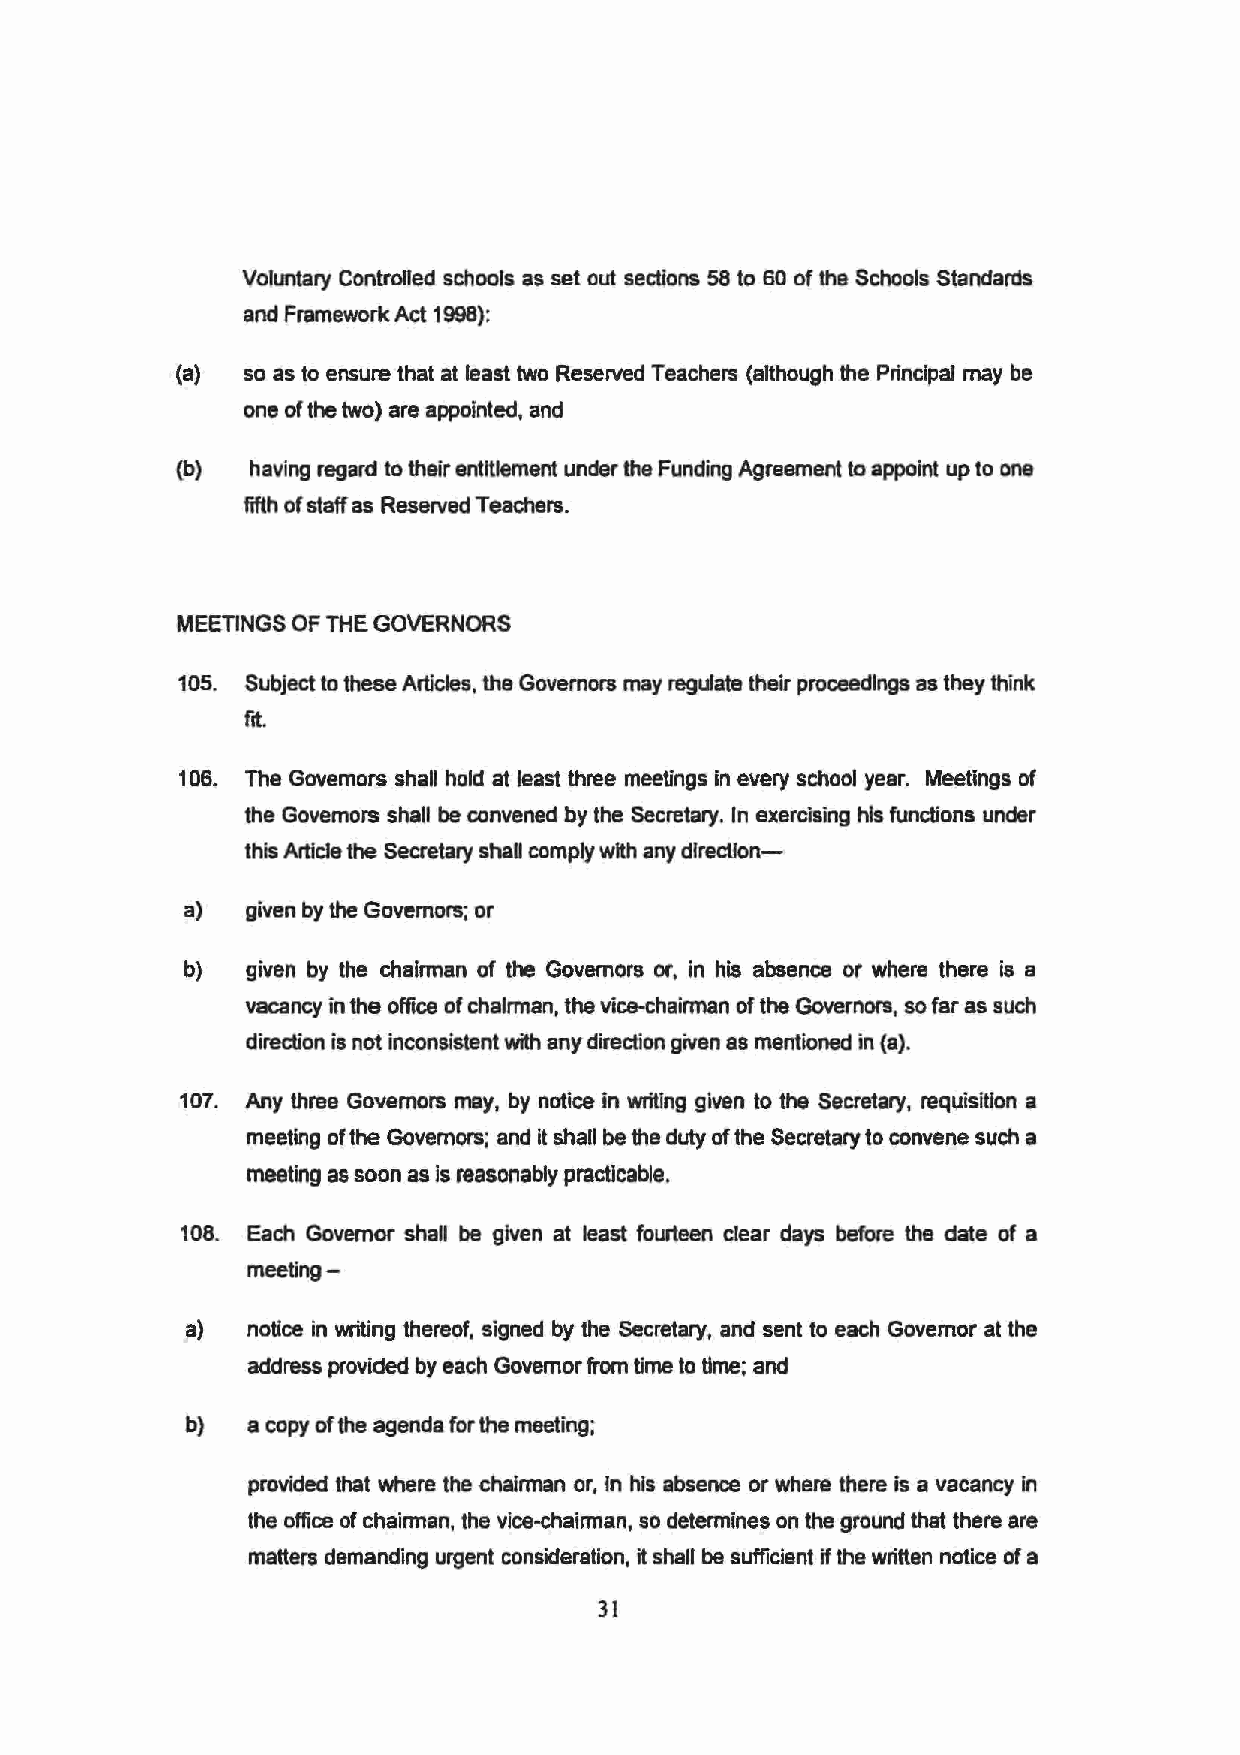
Voluntary Controlled schools as set out sections 58 to 60 of the Schools Standards
 and Framework Act 1998):
 (a) so as to ensure that at least two ReseNed Teachers (although the Principal may be
 one of the two) are appointed, and
 (b)  having regard to their entitlement under the Funding Agreement to appoint up to one
 fifth of staff as ReseNed Teachers.
 MEETINGS OF THE GOVERNORS
 105. Subject to these Articles, the Governors may regulate their proceedings as they think
 fit.
 10 6. The Governors shall hold at least three meetings in every school year. Meetings of
 the Governors shall be convened by the Secretary. In exercising his functions under
 this Article the Secretary shall comply with any direction-
 a)  given by the Governors; or
 b)  given by the chairman of the Governors or, in his absence or where there is a
 vacancy in the office of chairman, the vice.chairman of the Governors, so far as such
 direction is not inconsistent with any direction given as mentioned in (a).
 107. Any three Governors may, by notice in writing given to the Secretary, requisition a
 meeting of the Governors; and it shall be the duty of the Secretary to convene such a
 meeting as soon as is reasonably practicable.
 108. Each Governor shall be given at least fourteen clear days before the date of a
 meeting-
 a)   notice in writing thereof, signed by the Secretary, and sent to each Governor at the
 address provided by each Governor from time to time; and
 b)   a copy of the agenda for the meeting;
 provided that where the chairman or, In his absence or where there is a vacancy in
 the office of chairman, the vice-chairman, so determines on the ground that there are
 matters demanding urgent consideration, it shall be sufficient if the written notice of a
 31